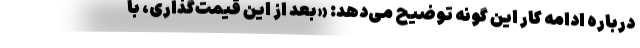
درباره ادامه کار این گونه توضیح می‌دهد: «بعد از این قیمت‌گذاری، با